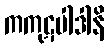
ကကုဋပါဒါနိ